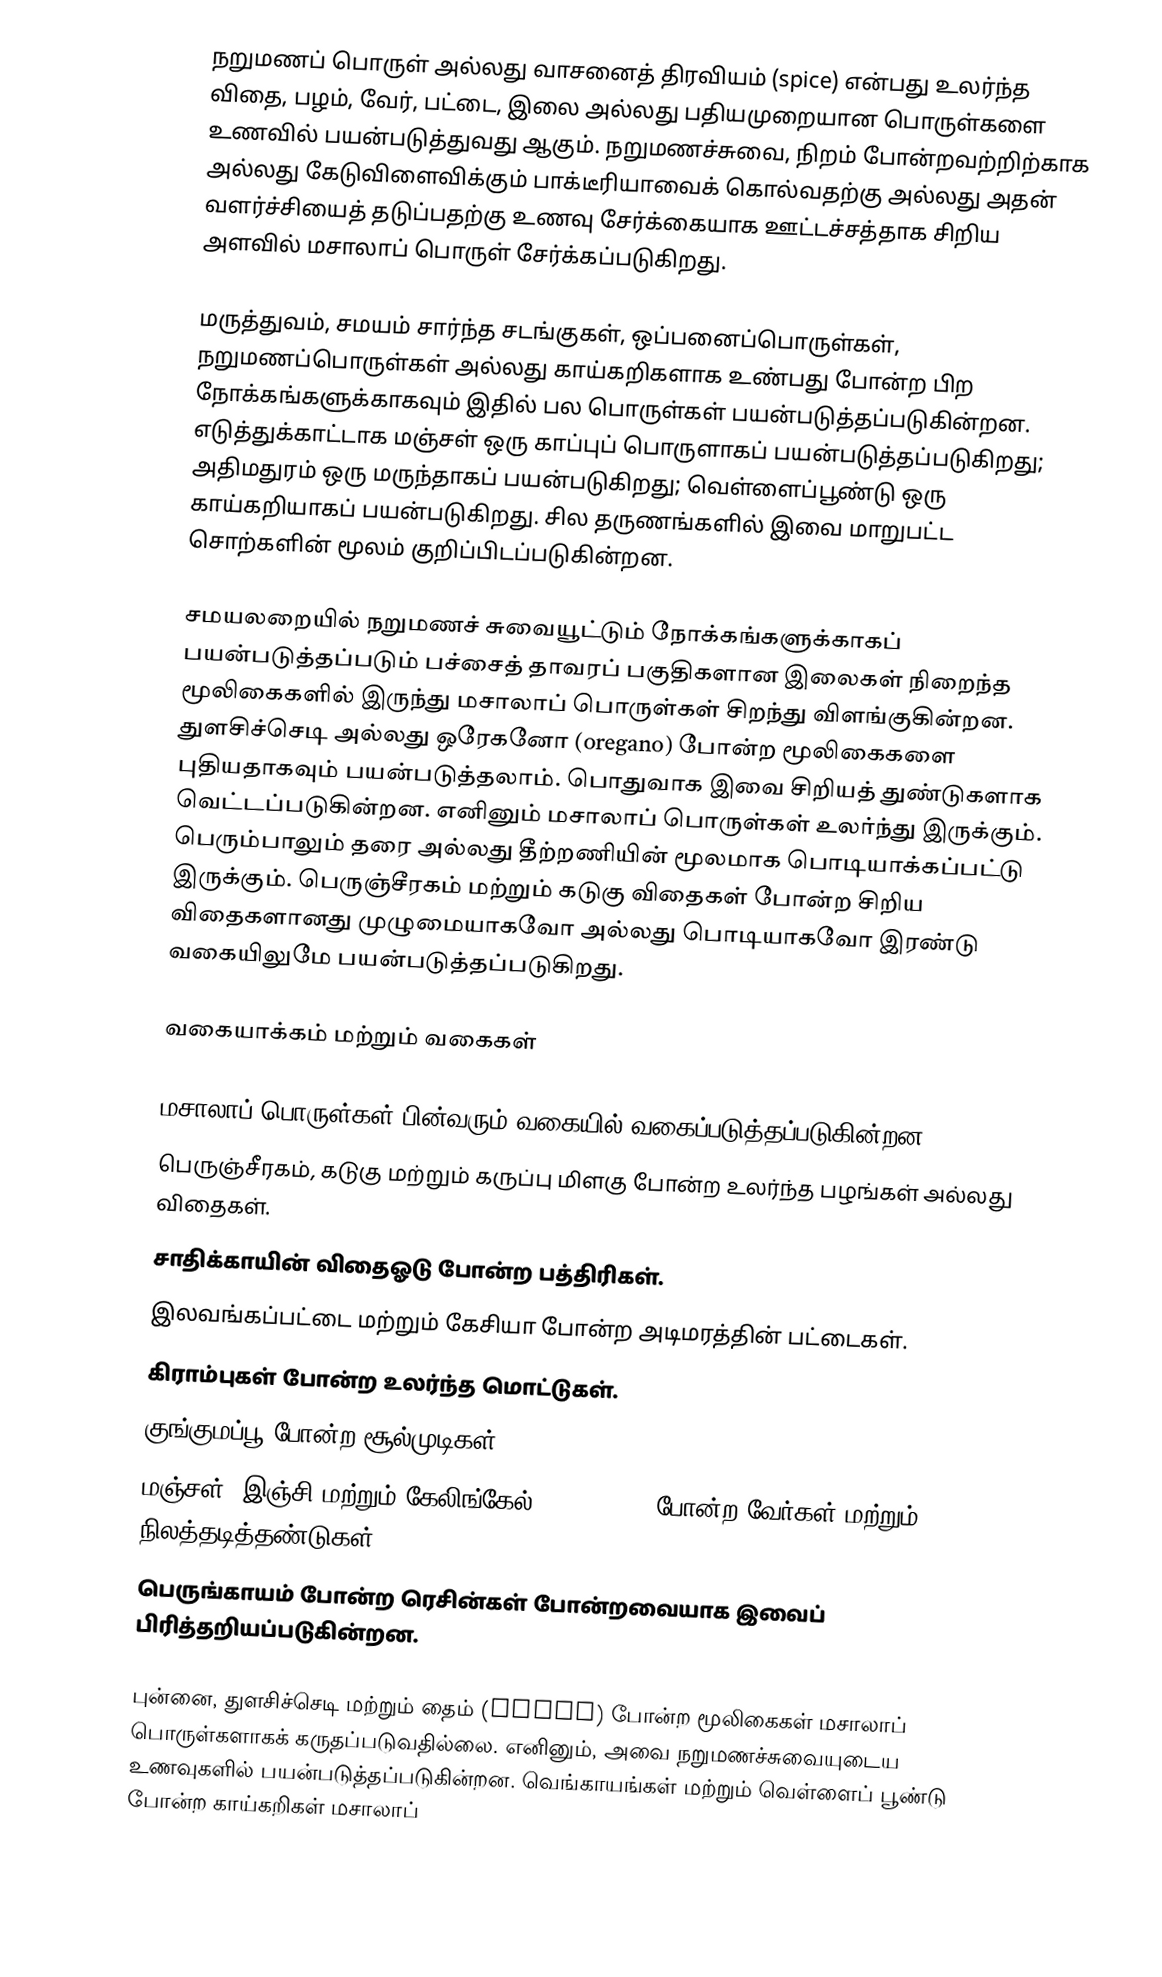
நறுமணப் பொருள் அல்லது வாசனைத் திரவியம் (spice) என்பது உலர்ந்த விதை, பழம், வேர், பட்டை, இலை அல்லது பதியமுறையான பொருள்களை உணவில் பயன்படுத்துவது ஆகும். நறுமணச்சுவை, நிறம் போன்றவற்றிற்காக அல்லது கேடுவிளைவிக்கும் பாக்டீரியாவைக் கொல்வதற்கு அல்லது அதன் வளர்ச்சியைத் தடுப்பதற்கு உணவு சேர்க்கையாக ஊட்டச்சத்தாக சிறிய அளவில் மசாலாப் பொருள் சேர்க்கப்படுகிறது.

மருத்துவம், சமயம் சார்ந்த சடங்குகள், ஒப்பனைப்பொருள்கள், நறுமணப்பொருள்கள் அல்லது காய்கறிகளாக உண்பது போன்ற பிற நோக்கங்களுக்காகவும் இதில் பல பொருள்கள் பயன்படுத்தப்படுகின்றன. எடுத்துக்காட்டாக மஞ்சள் ஒரு காப்புப் பொருளாகப் பயன்படுத்தப்படுகிறது; அதிமதுரம் ஒரு மருந்தாகப் பயன்படுகிறது; வெள்ளைப்பூண்டு ஒரு காய்கறியாகப் பயன்படுகிறது. சில தருணங்களில் இவை மாறுபட்ட சொற்களின் மூலம் குறிப்பிடப்படுகின்றன.

சமயலறையில் நறுமணச் சுவையூட்டும் நோக்கங்களுக்காகப் பயன்படுத்தப்படும் பச்சைத் தாவரப் பகுதிகளான இலைகள் நிறைந்த மூலிகைகளில் இருந்து மசாலாப் பொருள்கள் சிறந்து விளங்குகின்றன. துளசிச்செடி அல்லது ஒரேகனோ (oregano) போன்ற மூலிகைகளை புதியதாகவும் பயன்படுத்தலாம். பொதுவாக இவை சிறியத் துண்டுகளாக வெட்டப்படுகின்றன. எனினும் மசாலாப் பொருள்கள் உலர்ந்து இருக்கும். பெரும்பாலும் தரை அல்லது தீற்றணியின் மூலமாக பொடியாக்கப்பட்டு இருக்கும். பெருஞ்சீரகம் மற்றும் கடுகு விதைகள் போன்ற சிறிய விதைகளானது முழுமையாகவோ அல்லது பொடியாகவோ இரண்டு வகையிலுமே பயன்படுத்தப்படுகிறது.

வகையாக்கம் மற்றும் வகைகள்

மசாலாப் பொருள்கள் பின்வரும் வகையில் வகைப்படுத்தப்படுகின்றன:
 பெருஞ்சீரகம், கடுகு மற்றும் கருப்பு மிளகு போன்ற உலர்ந்த பழங்கள் அல்லது விதைகள்.
 சாதிக்காயின் விதைஓடு போன்ற பத்திரிகள்.
 இலவங்கப்பட்டை மற்றும் கேசியா போன்ற அடிமரத்தின் பட்டைகள்.
 கிராம்புகள் போன்ற உலர்ந்த மொட்டுகள்.
 குங்குமப்பூ போன்ற சூல்முடிகள்.
 மஞ்சள், இஞ்சி மற்றும் கேலிங்கேல் (galingale) போன்ற வேர்கள் மற்றும் நிலத்தடித்தண்டுகள்.
 பெருங்காயம் போன்ற ரெசின்கள் போன்றவையாக இவைப் பிரித்தறியப்படுகின்றன.

புன்னை, துளசிச்செடி மற்றும் தைம் (thyme) போன்ற மூலிகைகள் மசாலாப் பொருள்களாகக் கருதப்படுவதில்லை. எனினும், அவை நறுமணச்சுவையுடைய உணவுகளில் பயன்படுத்தப்படுகின்றன. வெங்காயங்கள் மற்றும் வெள்ளைப் பூண்டு போன்ற காய்கறிகள் மசாலாப்